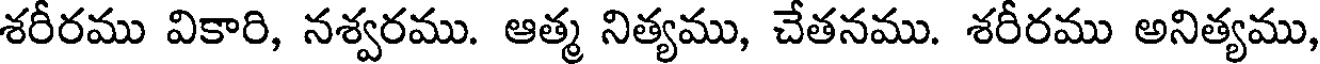
శరీరము వికారి, నశ్వరము. ఆత్మ నిత్యము, చేతనము. శరీరము అనిత్యము,